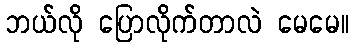
ဘယ်လို ပြောလိုက်တာလဲ မေမေ။